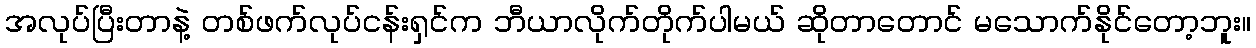
အလုပ်ပြီးတာနဲ့ တစ်ဖက်လုပ်ငန်းရှင်က ဘီယာလိုက်တိုက်ပါမယ် ဆိုတာတောင် မသောက်နိုင်တော့ဘူး။